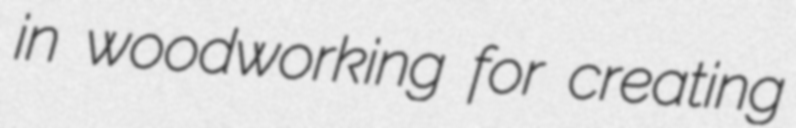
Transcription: in woodworking for creating